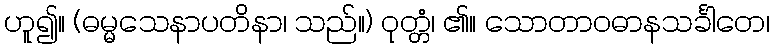
ဟူ၍။ (ဓမ္မသေနာပတိနာ၊ သည်။) ဝုတ္တံ၊ ၏။ သောတာဝဓာနသင်္ခါတေ၊